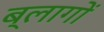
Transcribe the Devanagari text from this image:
ब्लागों